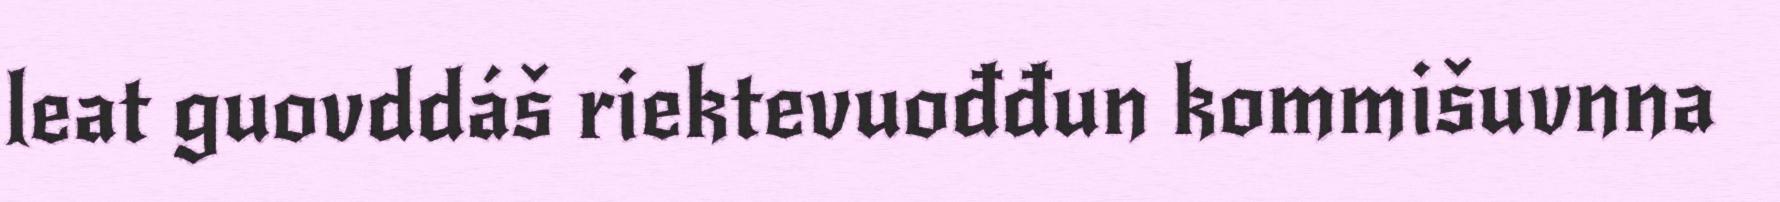
leat guovddáš riektevuođđun kommišuvnna